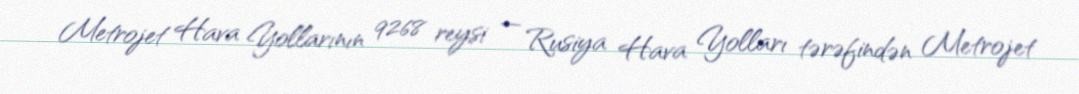
Metrojet Hava Yollarının 9268 reysi — Rusiya Hava Yolları tərəfindən Metrojet